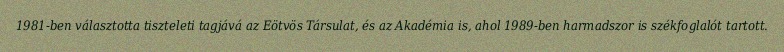
1981-ben választotta tiszteleti tagjává az Eötvös Társulat, és az Akadémia is, ahol 1989-ben harmadszor is székfoglalót tartott.